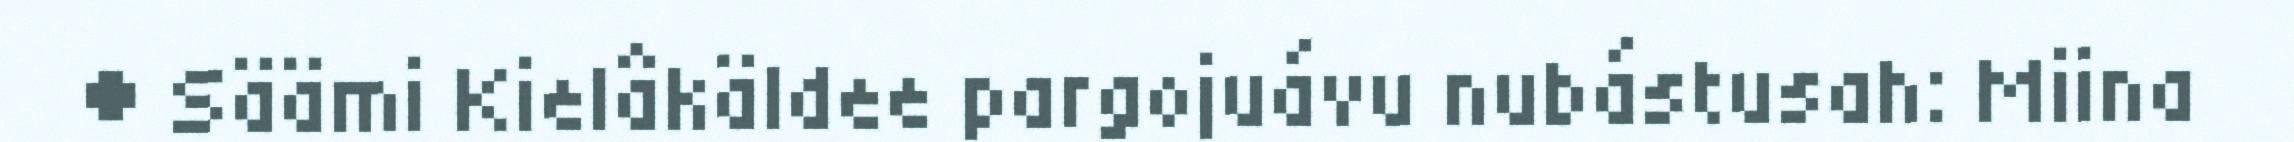
● Säämi Kielâkäldee pargojuávu nubástusah: Miina